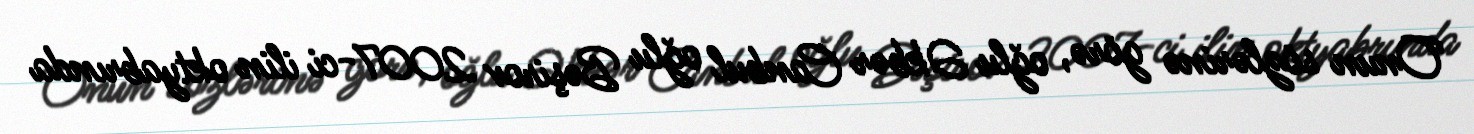
Onun sözlərinə görə, oğlu Əkbər Canbul oğlu Bəşirov 2007-ci ilin oktyabrında